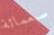
سبعمائة